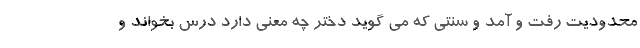
محدودیت رفت و آمد و سنتی که می گوید دختر چه معنی دارد درس بخواند و